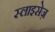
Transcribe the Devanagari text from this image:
स्लाइसेज़